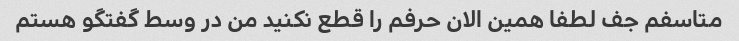
متاسفم جف لطفا همین الان حرفم را قطع نکنید من در وسط گفتگو هستم